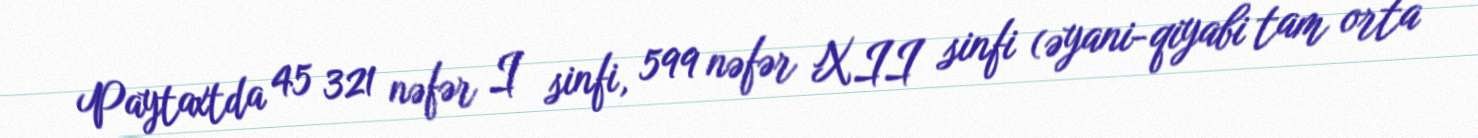
Paytaxtda 45 321 nəfər I sinfi, 599 nəfər XII sinfi (əyani-qiyabi tam orta